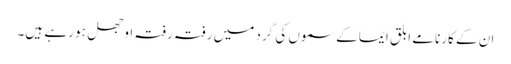
ان کے کارنامے ابلق ایما کے سموں کی گرد میں رفتہ رفتہ اوجھل ہو رہے ہیں۔